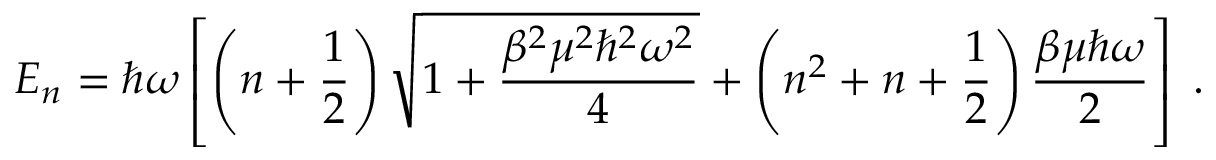
E _ { n } = \hbar \omega \left[ \left( n + \frac { 1 } { 2 } \right) \sqrt { 1 + \frac { \beta ^ { 2 } \mu ^ { 2 } \hbar ^ { 2 } \omega ^ { 2 } } { 4 } } + \left( n ^ { 2 } + n + \frac { 1 } { 2 } \right) \frac { \beta \mu \hbar \omega } { 2 } \right] \; .